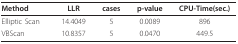
<table><thead><tr><td><b>Method</b></td><td><b>LLR</b></td><td><b>cases</b></td><td><b>p-value</b></td><td><b>CPU-Time(sec.)</b></td></tr></thead><tbody><tr><td>Elliptic Scan</td><td>14.4049</td><td>5</td><td>0.0089</td><td>896</td></tr><tr><td>VBScan</td><td>10.8357</td><td>5</td><td>0.0470</td><td>449.5</td></tr></tbody></table>